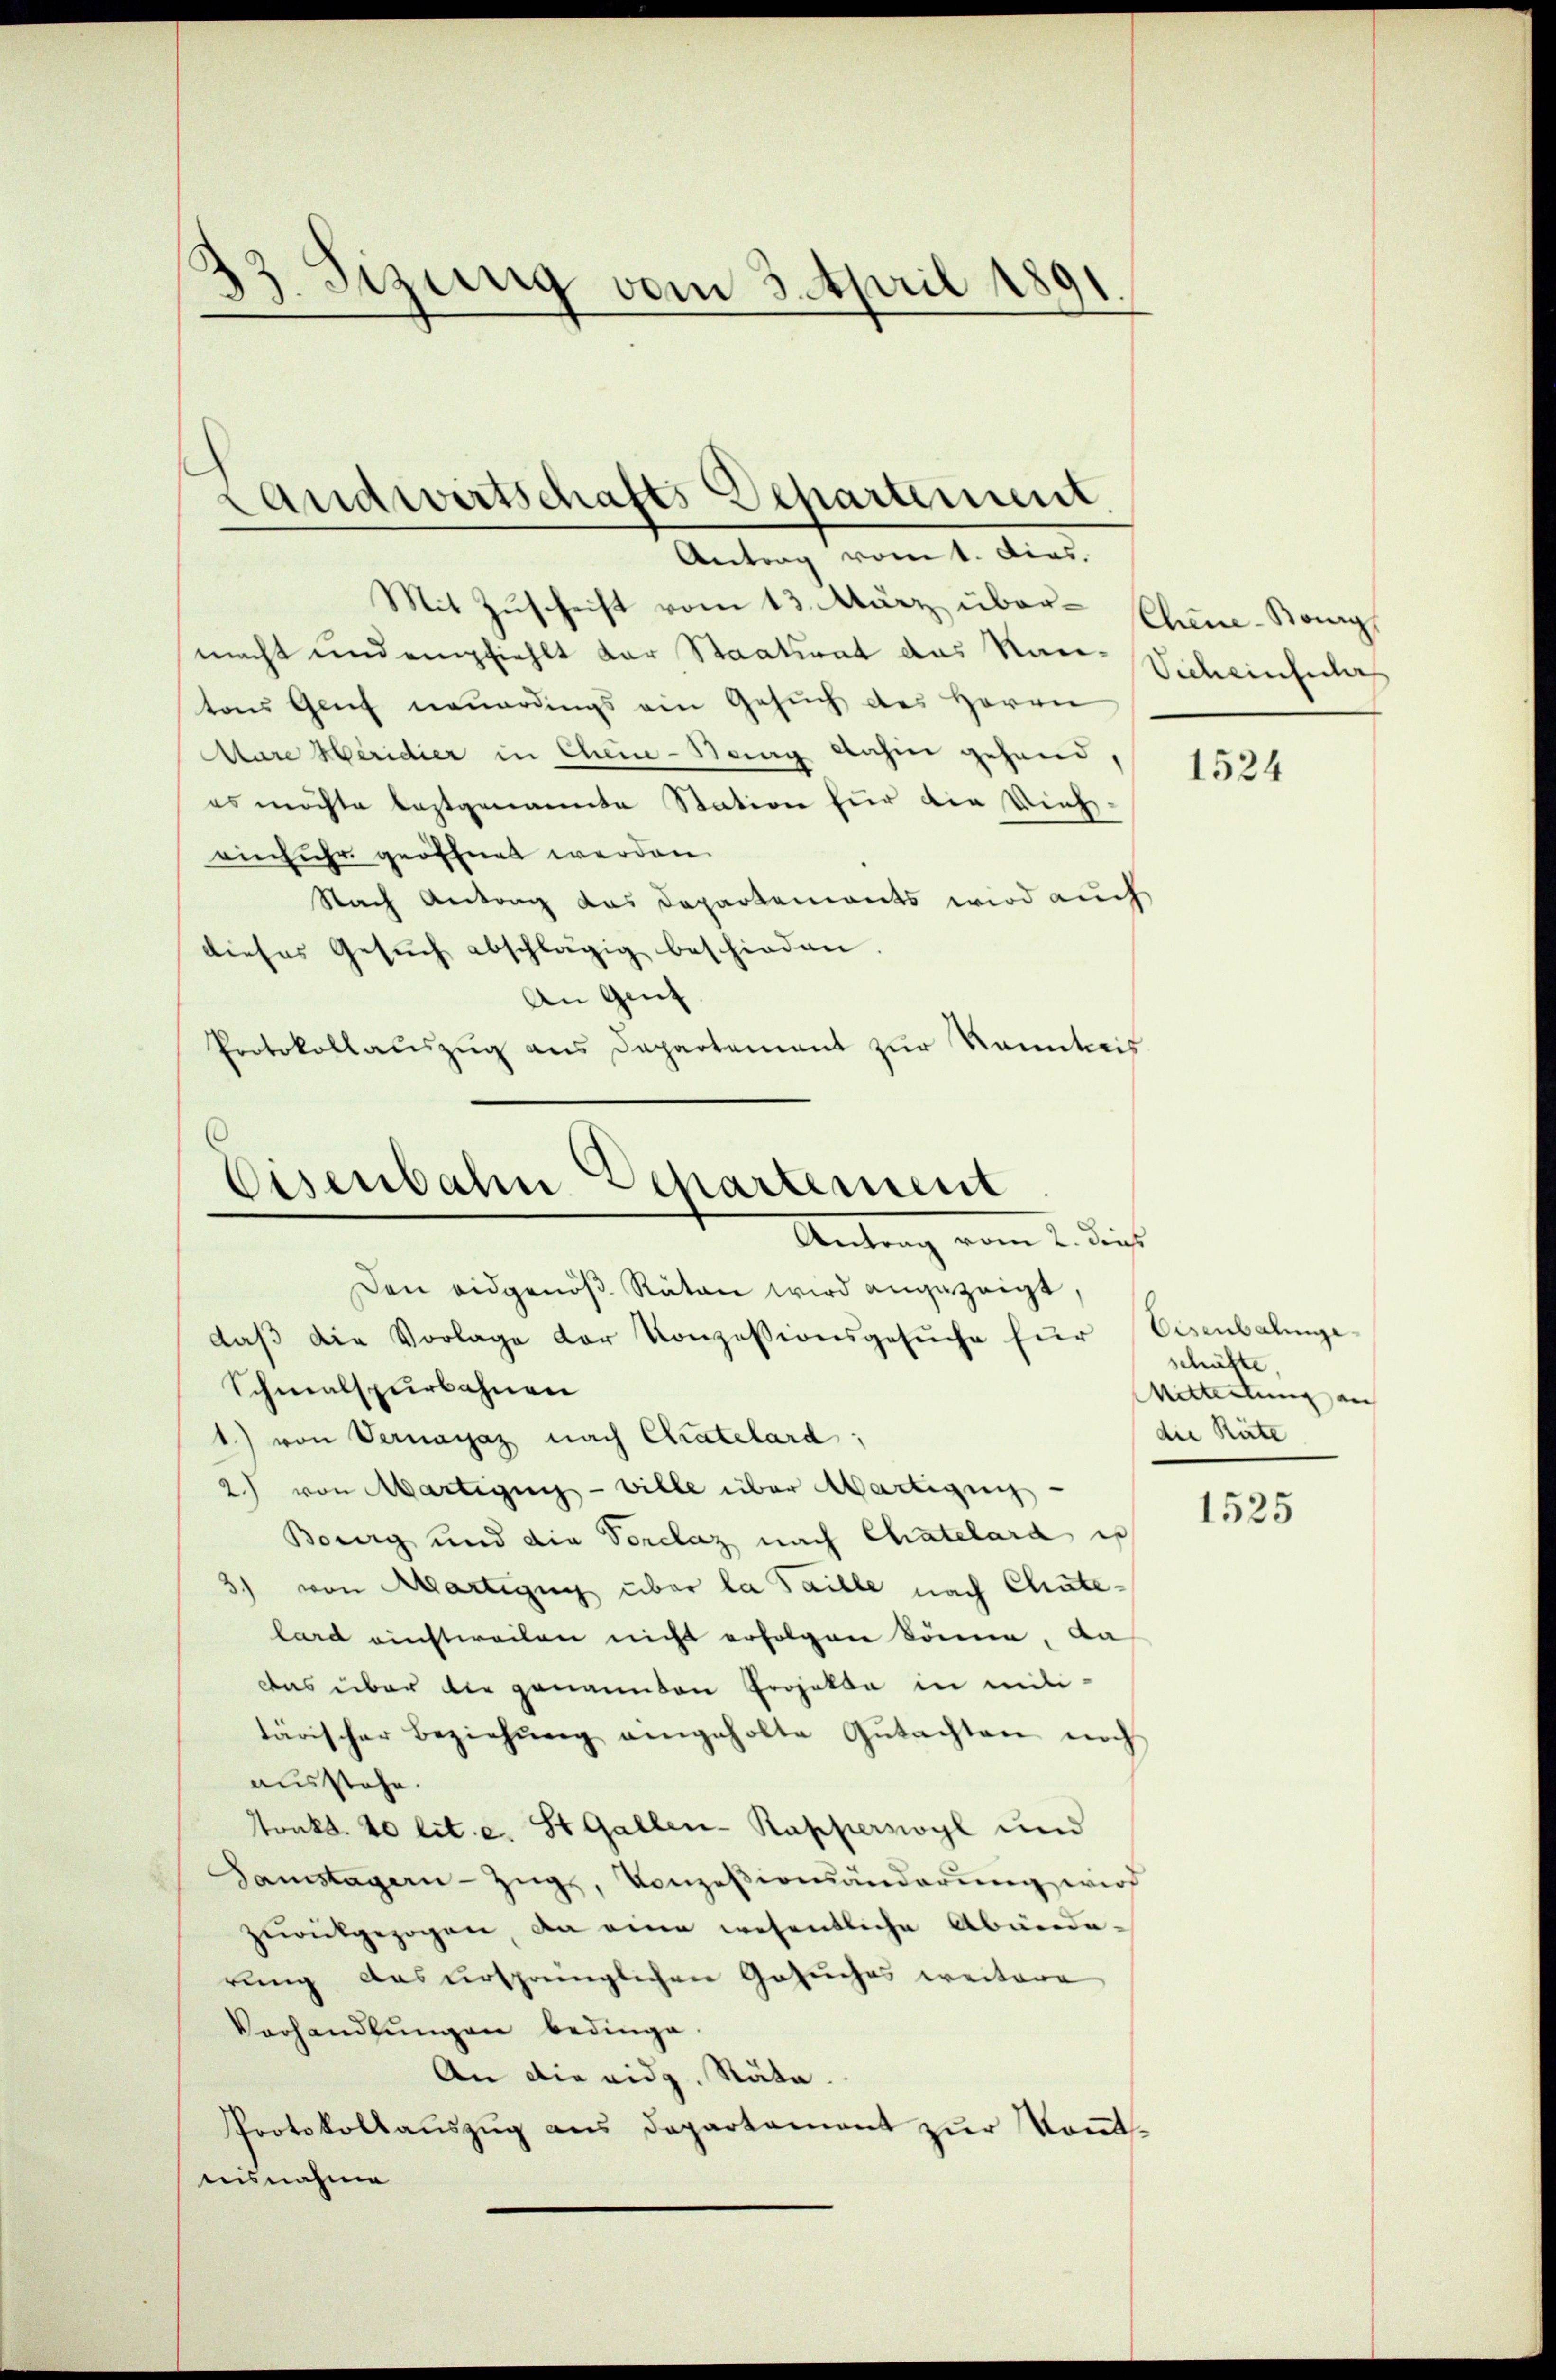
23. Sizung vom 3. April 1891

Landwirtschafts Departement.
Antrag vom 1. Dies.

Mit Zŭschrift vom 13. März übermacht und empfiehlt der Staatsrat das Race-Vicheinfacher
tons Genf neuerdings ein Gesŭch des Herrn
Aare Heridier in Chen-Rang dahin gehend,
es möchte leztgenannte Station für die Vieheinfuhr geöffnet werden.
Nach Antrag das Departements wird auch
dieses Gesŭch abschlägig beschieden.
An Gent.
Protokollauszug aus Departement zur Kanntweis

Eisenbahn Departement
Antrag vom 2. ist.

Den eidgenöβ Räten wird angezeigt,
daβ die Vorlage der Konzessionsgesŭche für Eisenbalinge-
Schmalspurbahnen
1) von Vernayaz nach Chatelard,
2) von Martigung - ville über Martigung
Bourg und die Vorclaz nach Chatelard is
3) von Martigung über la Saille nach Chatelard einstweilen nicht erfolgen könne, da
Das über die genannten Projekte in miti-
tärischer Beziehŭng eingeholte Gŭtachten noch
ausstehe.
Tonkt. 40 lit. a. St. Gallen-Rapperswyl und
Samstagern-Zugs, Konzesionsänderung wird
zŭrückgezogen, da eine wesentliche Abände-
rung aus ursprünglichen Gesuches weitere
Verhandlŭngen bedinge.
An die eidg. Stäte.
Protokollaŭszŭg ans Departament zŭr Kommt-
aisnahme

Chene Bourg

1524

schäfte,
Mitteilung an
die Räte

1525